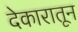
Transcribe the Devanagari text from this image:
देकारातून